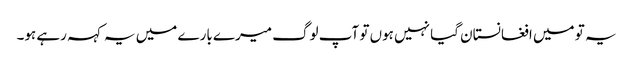
یہ تو میں افغانستان گیا نہیں ہوں تو آپ لوگ میرے بارے میں یہ کہہ رہے ہو۔